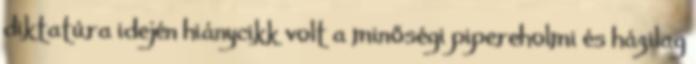
diktatúra idején hiánycikk volt a minőségi pipereholmi és házilag